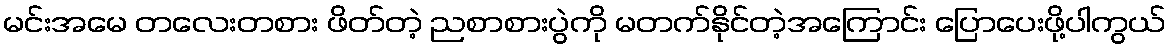
မင်းအမေ တလေးတစား ဖိတ်တဲ့ ညစာစားပွဲကို မတက်နိုင်တဲ့အကြောင်း ပြောပေးဖို့ပါကွယ်